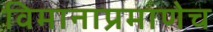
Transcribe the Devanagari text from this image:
विमानाप्रमाणेच